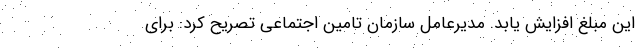
این مبلغ افزایش یابد. مدیرعامل سازمان تامین اجتماعی تصریح کرد: برای